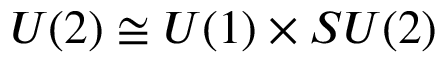
U ( 2 ) \cong U ( 1 ) \times S U ( 2 )